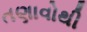
તણાવોથી